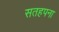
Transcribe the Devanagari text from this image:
सतहपना